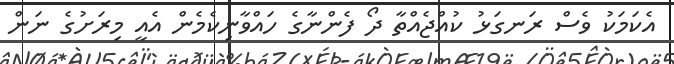
އެކަމަކު ވެސް ރަނގަޅު ކުއްޖެއްތާ ދޯ ފެންނާގެ ހައްވާނިކެމެން އެއީ މިރަށުގެ ނަން